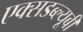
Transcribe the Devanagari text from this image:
एक्सडब्ल्यूबी